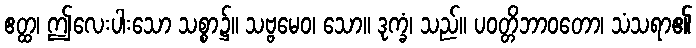
ဧတ္ထ၊ ဤလေးပါးသော သစ္စာ၌။ သဗ္ဗမေဝ၊ သော။ ဒုက္ခံ၊ သည်။ ပဝတ္တိဘာဝတော၊ သံသရာ၏